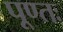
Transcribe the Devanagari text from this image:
पूण्तः